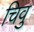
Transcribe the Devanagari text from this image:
चिवु